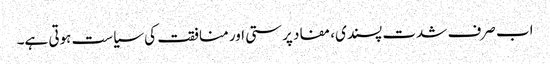
اب صرف شدت پسندی، مفاد پرستی اور منافقت کی سیاست ہوتی ہے۔